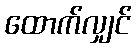
ထောက်လျှင်